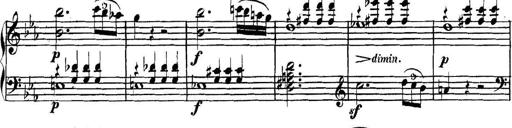
Title: Collected Piano Sonatas
Composer: Muzio Clementi